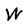
Character: W